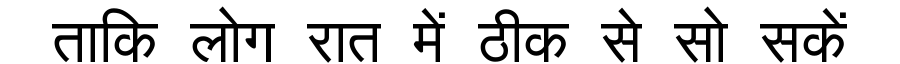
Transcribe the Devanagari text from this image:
ताकि लोग रात में ठीक से सो सकें